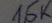
Text: 1,5K